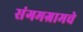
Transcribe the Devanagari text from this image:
संगमग्रामचे